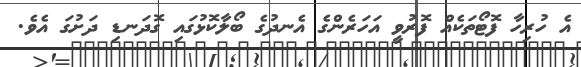
އެ ހުރިހާ ފޮޓޯތަކެއް ފޮރުވީ އަހަރެންގެ އެނދުގެ ބޯލާކޮޅުގައި ގޮދަނޑި ދަށުގަ އެވެ.